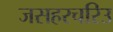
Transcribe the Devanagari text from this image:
जसहरचरिउ